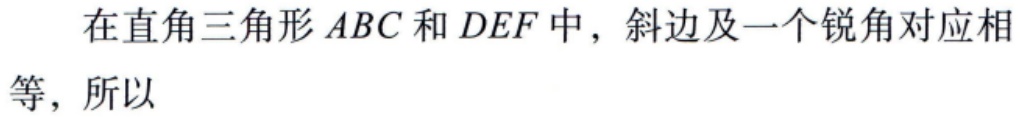
在直角三角形 \(ABC\) 和 \(DEF\) 中，斜边及一个锐角对应相等，所以